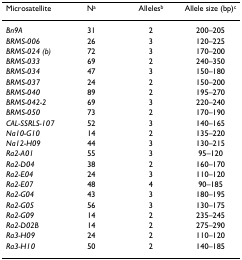
<table><thead><tr><td><b>Microsatellite</b></td><td><b>N<sup>a</sup></b></td><td><b>Alleles<sup>b</sup></b></td><td><b>Allele size (bp)<sup>c</sup></b></td></tr></thead><tbody><tr><td><i>Bn9A</i></td><td>31</td><td>2</td><td>200–205</td></tr><tr><td><i>BRMS-006</i></td><td>26</td><td>3</td><td>120–225</td></tr><tr><td><i>BRMS-024 (b)</i></td><td>72</td><td>3</td><td>170–200</td></tr><tr><td><i>BRMS-033</i></td><td>69</td><td>2</td><td>240–350</td></tr><tr><td><i>BRMS-034</i></td><td>47</td><td>3</td><td>150–180</td></tr><tr><td><i>BRMS-037</i></td><td>24</td><td>2</td><td>150–200</td></tr><tr><td><i>BRMS-040</i></td><td>89</td><td>2</td><td>195–270</td></tr><tr><td><i>BRMS-042-2</i></td><td>69</td><td>3</td><td>220–240</td></tr><tr><td><i>BRMS-050</i></td><td>73</td><td>2</td><td>170–190</td></tr><tr><td><i>CAL-SSRLS-107</i></td><td>52</td><td>3</td><td>140–165</td></tr><tr><td><i>Na10-G10</i></td><td>14</td><td>2</td><td>135–220</td></tr><tr><td><i>Na12-H09</i></td><td>44</td><td>3</td><td>130–215</td></tr><tr><td><i>Ra2-A01</i></td><td>55</td><td>3</td><td>95–120</td></tr><tr><td><i>Ra2-D04</i></td><td>38</td><td>2</td><td>160–170</td></tr><tr><td><i>Ra2-E04</i></td><td>24</td><td>3</td><td>110–120</td></tr><tr><td><i>Ra2-E07</i></td><td>48</td><td>4</td><td>90–185</td></tr><tr><td><i>Ra2-G04</i></td><td>43</td><td>3</td><td>180–195</td></tr><tr><td><i>Ra2-G05</i></td><td>56</td><td>3</td><td>130–175</td></tr><tr><td><i>Ra2-G09</i></td><td>14</td><td>2</td><td>235–245</td></tr><tr><td><i>Ra2-D02B</i></td><td>14</td><td>2</td><td>275–290</td></tr><tr><td><i>Ra3-H09</i></td><td>24</td><td>2</td><td>110–120</td></tr><tr><td><i>Ra3-H10</i></td><td>50</td><td>2</td><td>140–185</td></tr></tbody></table>